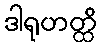
ဒါရုဟတ္ထိ